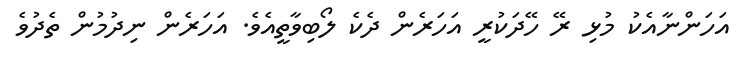
އަހަންނާއެކު މުޅި ރޭ ހޭދަކުރީ އަހަރެން ދެކެ ލޯބިވާތީއެވެ. އަހަރެން ނިދުމުން ތެދުވެ